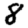
Digit: 8